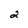
Character: 2